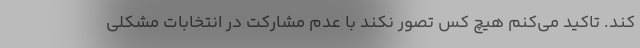
کند. تاکید می‌کنم هیچ کس تصور نکند با عدم مشارکت در انتخابات مشکلی